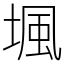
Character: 堸